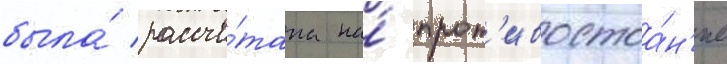
была́ рассчи́тана на́ прот'ивостоа́н'ие